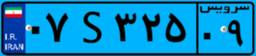
۹۲S۳۳۰۶۳